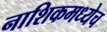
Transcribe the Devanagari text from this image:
नाशिकमध्येच